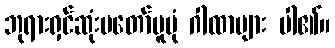
ဘုရားရှင်ဆုံးမတော်မူပုံ ဂါထာများ ပါ၏။